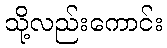
သို့လည်းကောင်း